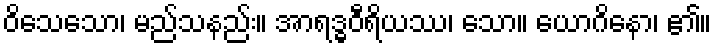
ဝိသေသော၊ မည်သနည်း။ အာရဒ္ဓဝီရိယဿ၊ သော။ ယောဂိနော၊ ၏။